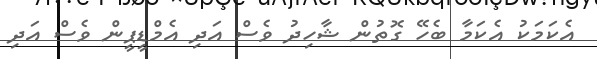
އެކަމަކު އެކަމާ ބެހޭ ގޮތުން ޝާހިދު ވެސް އަދި އެމްޑީޕީން ވެސް އަދި